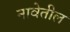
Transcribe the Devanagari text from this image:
नावेतील